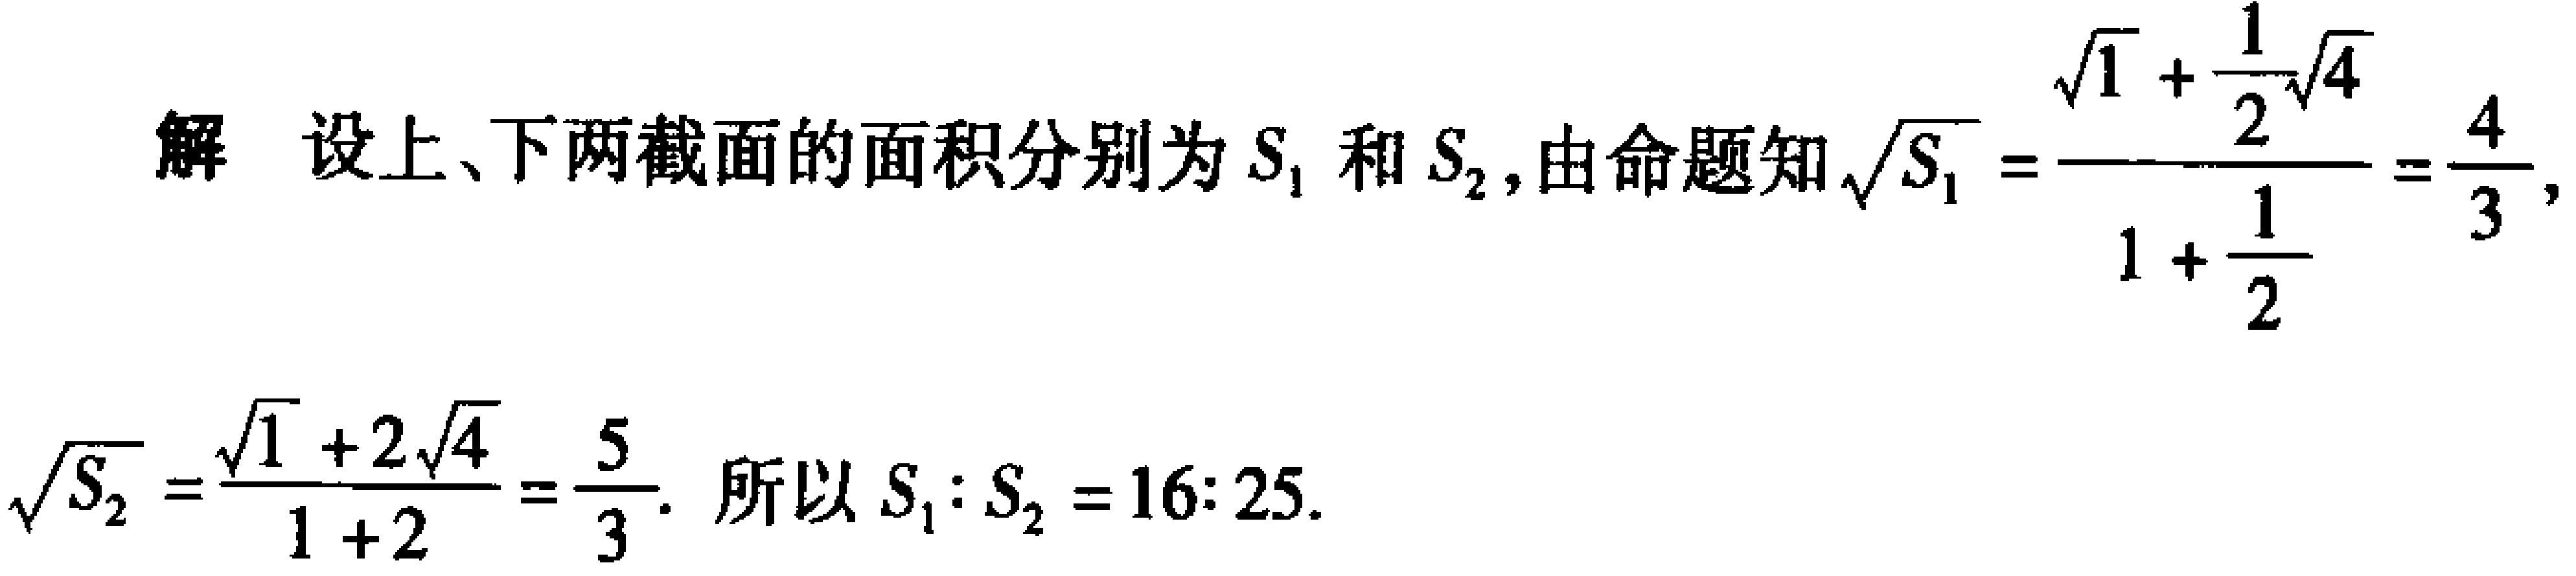
解 设上、下两截面的面积分别为\(S_{1}\)和\(S_{2}\),由命题知\(\sqrt{S_{1}}=\frac{\sqrt{1}+\frac{1}{2}\sqrt{4}}{1 + \frac{1}{2}}=\frac{4}{3}\), \(\sqrt{S_{2}}=\frac{\sqrt{1}+2\sqrt{4}}{1 + 2}=\frac{5}{3}\). 所以 \(S_{1}:S_{2}=16:25\).